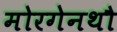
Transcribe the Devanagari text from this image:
मोरगेनथौ